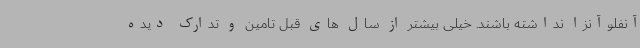
آنفلوآنزا نداشته باشند. خیلی بیشتر از سال های قبل تامین و تدارک دیده